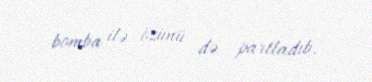
bomba ilə özünü də partladıb.